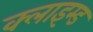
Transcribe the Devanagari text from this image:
क्लाइम्ड